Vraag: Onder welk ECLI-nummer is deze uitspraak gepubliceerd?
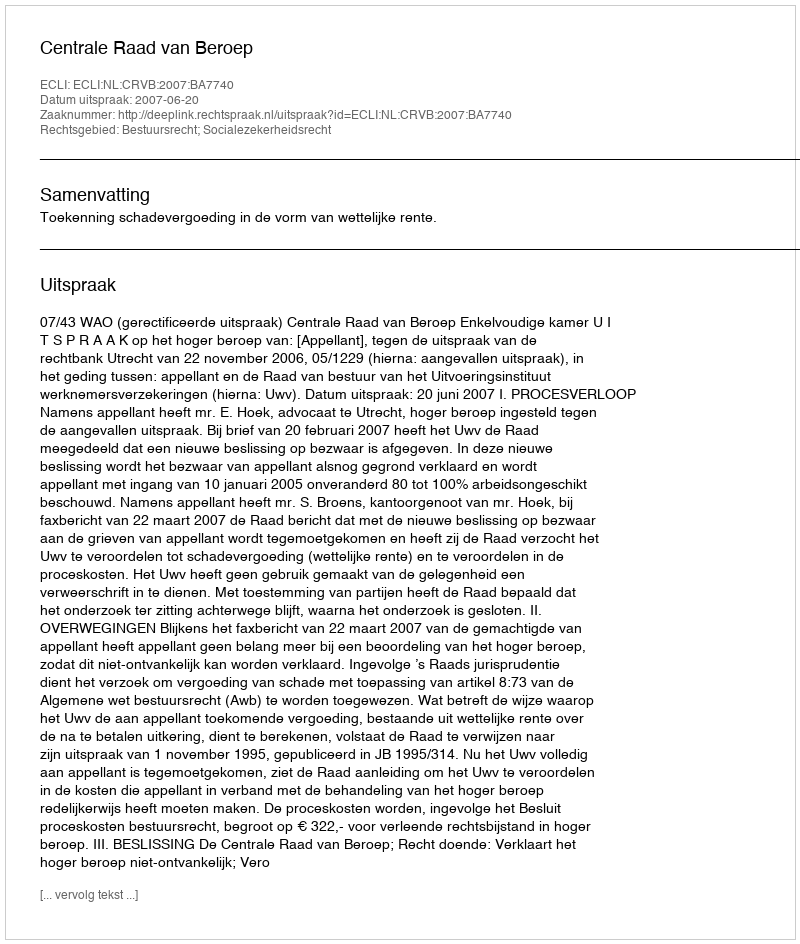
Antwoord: ECLI:NL:CRVB:2007:BA7740